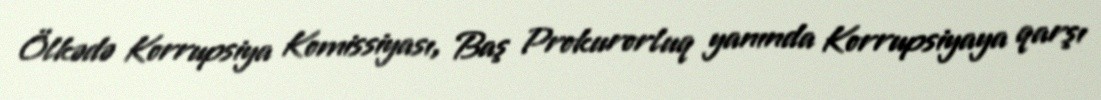
Ölkədə Korrupsiya Komissiyası, Baş Prokurorluq yanında Korrupsiyaya qarşı